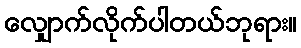
လျှောက်လိုက်ပါတယ်ဘုရား။